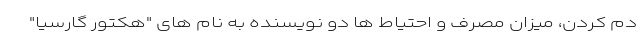
دم کردن، میزان مصرف و احتیاط ها دو نویسنده به نام های "هکتور گارسیا"